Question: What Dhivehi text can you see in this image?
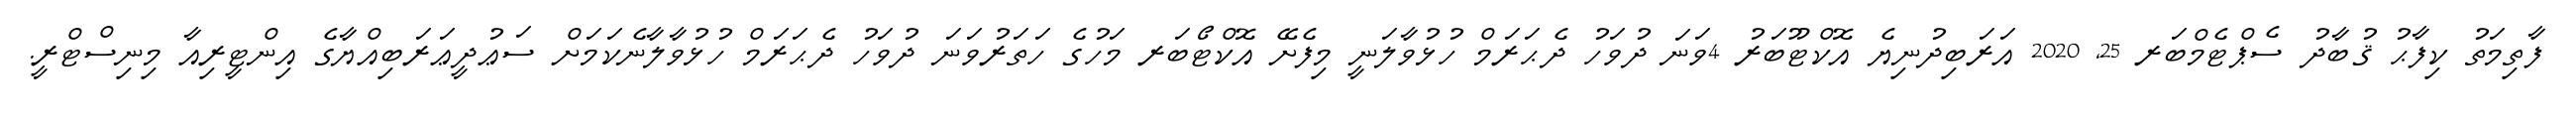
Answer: ފާތިމަތު ކިފާޙު ޤުބާދު ސެޕްޓެމްބަރ 25, 2020 އަރަބިދުނިޔެ އޮކްޓޫބަރު 4ވަނަ ދުވަހު ދެޙަރަމް ހުޅުވާލަނީ މިފެށޭ އޮކްޓޯބަރ މަހުގެ ހަތަރުވަނަ ދުވަހު ދެޙަރަމް ހުޅުވާލާނެކަމަށް ސަޢުދީޢަރަބިއްޔާގެ އިންޓީރިއާ މިނިސްޓްރީ.